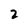
Character: 2